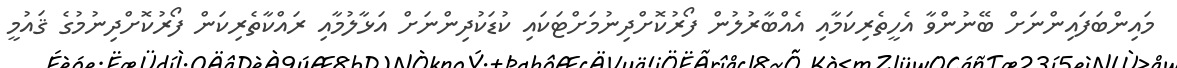
މައިންބަފައިންނަށް ބޭނުންވާ އެހީތެރިކަމާއި އެއްބާރުލުން ފޯރުކޮށްދިނުމަށްޓަކައި ކުޑަކުދިންނަށް އަޅާލުމާއި ރައްކާތެރިކަން ފޯރުކޮށްދިނުމުގެ ޤައުމީ